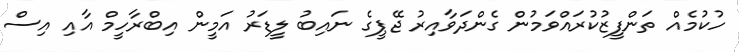
ހުކުމެއް ތަންފީޒުކުރައްވަމުން ގެންދަވާއިރު ޖޭޕީގެ ނައިބު ލީޑަރު އަމީން އިބްރާހީމް އާއި އިސް